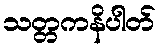
သတ္တကနိပါတ်